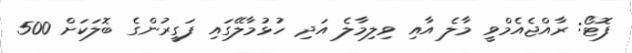
ފޮޓޯ: ރާއްޖެއެމްވީ މާލެ އާއި ވިލިމާލެ އަދި ހުޅުމާލޭގައި ފަގީރުންގެ ބޮލަކަށް 500